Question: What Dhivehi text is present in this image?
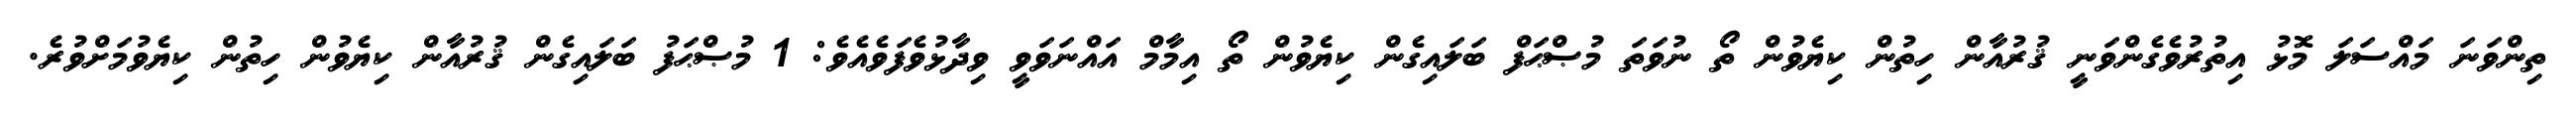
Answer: ތިންވަނަ މައްސަލަ މޮޅު އިތުރުވެގެންވަނީ ޤުރުއާން ހިތުން ކިޔެވުން ތޯ ނުވަތަ މުޞްޙަފް ބަލައިގެން ކިޔެވުން ތޯ އިމާމް އައްނަވަވީ ވިދާޅުވެފަވެއެވެ: 1 މުޞްޙަފު ބަލައިގެން ޤުރުއާން ކިޔެވުން ހިތުން ކިޔެވުމަށްވުރެ.